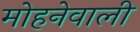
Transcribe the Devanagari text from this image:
मोहनेवाली